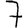
Digit: 7